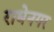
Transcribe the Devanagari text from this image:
राधेनगर